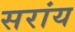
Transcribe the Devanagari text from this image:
सरांय